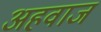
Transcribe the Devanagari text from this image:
अहवाज